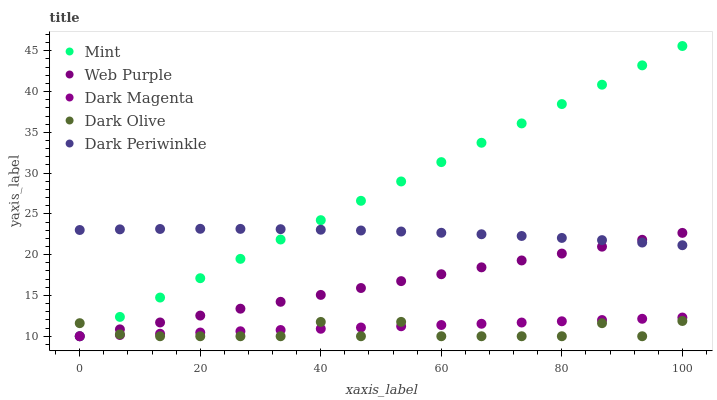
| xaxis_label | Mint | Web Purple | Dark Magenta | Dark Olive | Dark Periwinkle |
 | --- | --- | --- | --- | --- | --- |
 | 0 | 10 | 10 | 10 | 11.6 | 23 |
 | 6.67 | 12.4 | 10.8 | 10.2 | 10.2 | 23.1 |
 | 13.3 | 14.7 | 11.7 | 10.3 | 10 | 23.2 |
 | 20 | 17.1 | 12.5 | 10.5 | 10 | 23.2 |
 | 26.7 | 19.5 | 13.4 | 10.6 | 10 | 23.2 |
 | 33.3 | 21.9 | 14.2 | 10.8 | 10 | 23.1 |
 | 40 | 24.2 | 15.1 | 10.9 | 11.8 | 23.1 |
 | 46.7 | 26.6 | 15.9 | 11.1 | 10 | 23 |
 | 53.3 | 29 | 16.8 | 11.2 | 11.8 | 22.8 |
 | 60 | 31.3 | 17.6 | 11.4 | 10 | 22.7 |
 | 66.7 | 33.7 | 18.4 | 11.5 | 10 | 22.5 |
 | 73.3 | 36.1 | 19.3 | 11.7 | 10 | 22.3 |
 | 80 | 38.5 | 20.1 | 11.8 | 10 | 22.1 |
 | 86.7 | 40.8 | 21 | 12 | 11.6 | 21.8 |
 | 93.3 | 43.2 | 21.8 | 12.1 | 10 | 21.5 |
 | 100 | 45.6 | 22.7 | 12.3 | 11.9 | 21.2 |